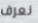
نعرف